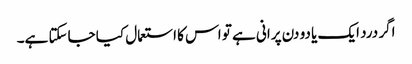
اگر درد ایک یا دو دن پرانی ہے تو اس کا استعمال کیا جاسکتا ہے۔